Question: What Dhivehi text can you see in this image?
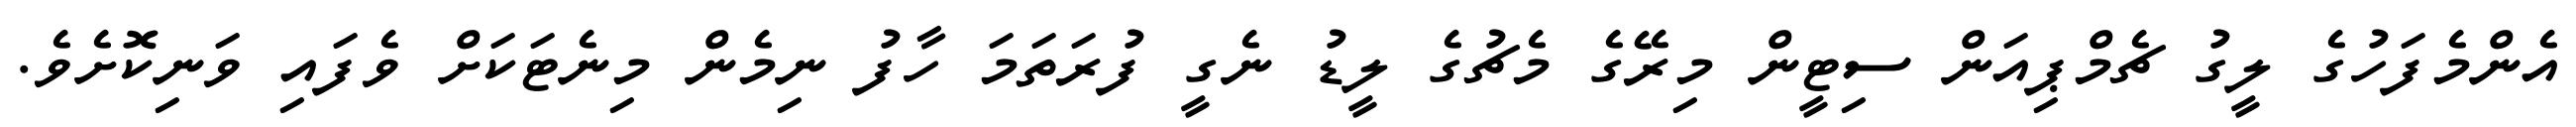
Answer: އެންމެފަހުގެ ލީގު ޗެމްޕިއަން ސިޓީން މިރޭގެ މެޗުގެ ލީޑު ނެގީ ފުރަތަމަ ހާފު ނިމެން މިނެޓަކަށް ވެފައި ވަނިކޮށެވެ.